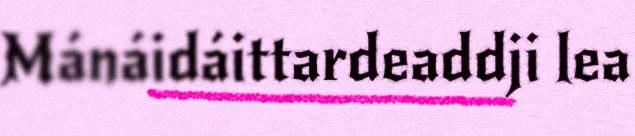
Mánáidáittardeaddji lea